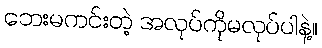
ဘေးမကင်းတဲ့ အလုပ်ကိုမလုပ်ပါနဲ့။